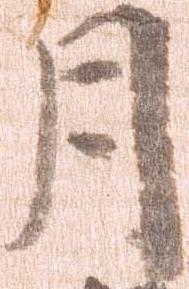
月